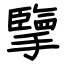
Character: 擥